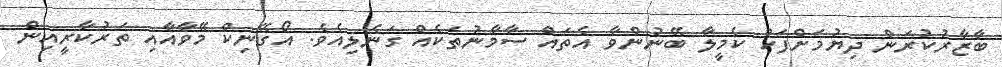
ބާޒާރުކުރަން ދިޔުމަށްފަހު ކެމީލާ ބޭނުންވާ އެތައް ސާމާނުތަކެއް ގަނެލިއެވެ. އޯގޭނިކް މޭވާއާއި ތަރުކާރީއިން